Civil Veterinary Dept. North-West Frontier Province 1901-22 - 1901-1922
Year: 1901
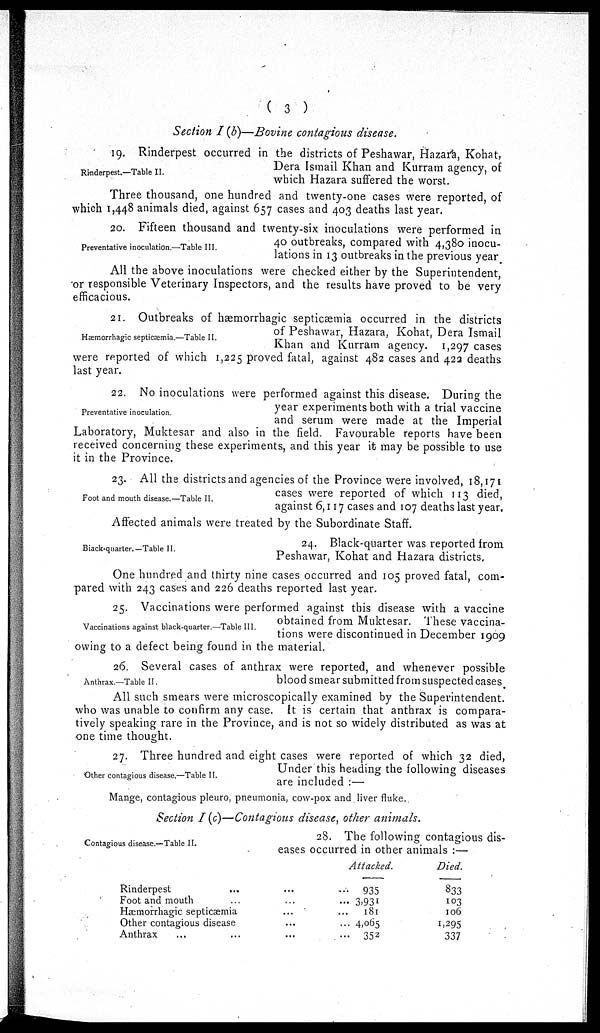
(3)
Section I (b)—Bovine contagious disease.
Rinderpest.—Table II.
19. Rinderpest occurred in the districts of Peshawar, Hazara, Kohat,
Dera Ismail Khan and Kurram agency, of
which Hazara suffered the worst.
Three thousand, one hundred and twenty-one cases were reported, of
which 1,448 animals died, against 657 cases and 403 deaths last year.
Preventative inoculation.—Table III.
20. Fifteen thousand and twenty-six inoculations were performed in
40 outbreaks, compared with 4,380 inocu-
lations in 13 outbreaks in the previous year.
All the above inoculations were checked either by the Superintendent,
or responsible Veterinary Inspectors, and the results have proved to be very
efficacious.
Hæmorrhagic septicæmia.—Table II.
21. Outbreaks of hæmorrhagic septicæmia occurred in the districts
of Peshawar, Hazara, Kohat, Dera Ismail
Khan and Kurram agency. 1,297 cases
were reported of which 1,225 proved fatal, against 482 cases and 422 deaths
last year.
Preventative inoculation.
22. No inoculations were performed against this disease. During the
year experiments both with a trial vaccine
and serum were made at the Imperial
Laboratory, Muktesar and also in the field. Favourable reports have been
received concerning these experiments, and this year it may be possible to use
it in the Province.
Foot and mouth disease.—Table II.
23. All the districts and agencies of the Province were involved, 18,171
cases were reported of which 113 died,
against 6,117 cases and 107 deaths last year.
Affected animals were treated by the Subordinate Staff.
Black-quarter.—Table II.
24. Black-quarter was reported from
Peshawar, Kohat and Hazara districts.
One hundred and thirty nine cases occurred and 105 proved fatal, com-
pared with 243 cases and 226 deaths reported last year.
Vaccinations against black-quarter.—Table III.
25. Vaccinations were performed against this disease with a vaccine
obtained from Muktesar. These vaccina-
tions were discontinued in December 1909
owing to a defect being found in the material.
Anthrax.—Table II.
26. Several cases of anthrax were reported, and whenever possible
blood smear submitted from suspected cases
All such smears were microscopically examined by the Superintendent,
who was unable to confirm any case. It is certain that anthrax is compara-
tively speaking rare in the Province, and is not so widely distributed as was at
one time thought.
Other contagious disease.—Table II.
27. Three hundred and eight cases were reported of which 32 died,
Under this heading the following diseases
are included:—
Mange, contagious pleuro, pneumonia, cow-pox and liver fluke.
Section I (c)—Contagions disease, other animals.
Contagious disease.—Table II.
28. The following contagious dis-
eases occurred in other animals:—
Rinderpest ... ... ...
Foot and mouth ... ... ...
Hæmorrhagic septicæmia... ... ...
Other contagious disease... ... ...
Anthrax ... ...
Attacked.
935
3,931
181
4,065
352
Died.
833
103
106
1,295
337